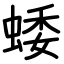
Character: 蜲